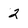
Character: 2